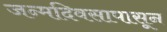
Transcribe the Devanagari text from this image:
जन्मदिवसापासून